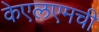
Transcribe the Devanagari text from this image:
केएलएमची